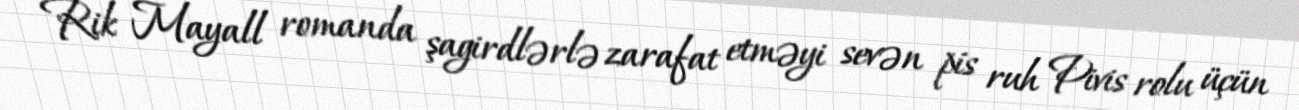
Rik Mayall romanda şagirdlərlə zarafat etməyi sevən pis ruh Pivis rolu üçün